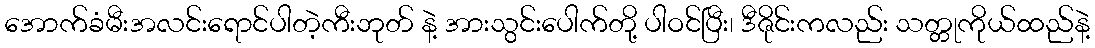
အောက်ခံမီးအလင်းရောင်ပါတဲ့ကီးဘုတ် နဲ့ အားသွင်းပေါက်တို့ ပါဝင်ပြီး၊ ဒီဇိုင်းကလည်း သတ္တုကိုယ်ထည်နဲ့